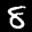
Label: 8